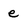
Character: e